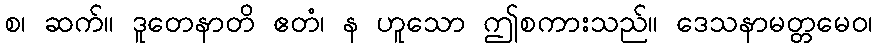
စ၊ ဆက်။ ဒူတေနာတိ ဧတံ၊ န ဟူသော ဤစကားသည်။ ဒေသနာမတ္တမေဝ၊